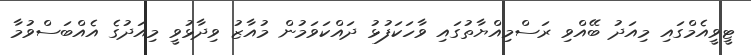
ޓީވީއެމްގައި މިއަދު ބޭއްވި ރަސްމިއްޔާތުގައި ވާހަކަފުޅު ދައްކަވަމުން މުއާޒު ވިދާޅުވީ މިއަދުގެ އެއްބަސްވުމާ